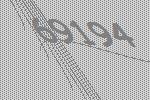
69194